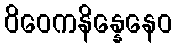
ဝိဝေကနိန္နေနေဝ